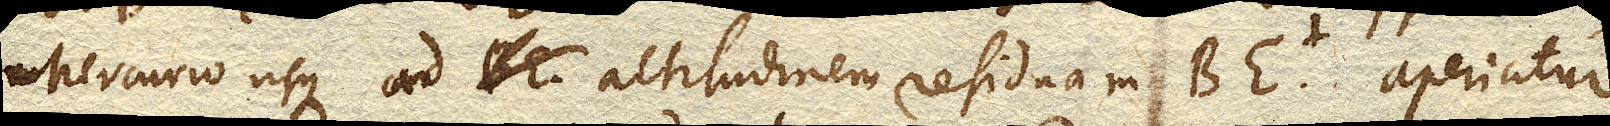
Mercurio usque ad altitudinem residuam BE. aperiatur